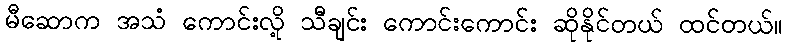
မီဆောက အသံ ကောင်းလို့ သီချင်း ကောင်းကောင်း ဆိုနိုင်တယ် ထင်တယ်။